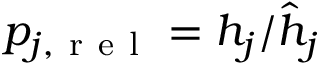
p _ { j , \mathrm { ~ r ~ e ~ l ~ } } = { h } _ { j } / \hat { h } _ { j }